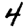
Digit: 4